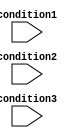
module behavioral_modeling_block (
    input wire condition1,
    input wire condition2,
    input wire condition3
);

    // Register and wire declarations
    
    // Behavioral modeling block
    always @(*)
    begin
        if (condition1 && condition2 && condition3) begin
            // Perform operations when all conditions are true
            // Add your operations here
        end
        else begin
            // Perform operations when any condition is false
            // Add your operations here
        end
    end
    
endmodule